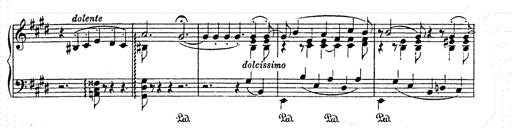
Title: AnnÃ©es de pÃ¨lerinage II
Composer: Franz Liszt